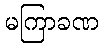
မကြာခဏ